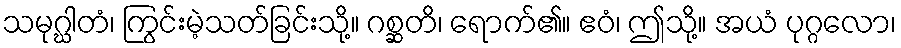
သမုဂ္ဃါတံ၊ ကြွင်းမဲ့သတ်ခြင်းသို့။ ဂစ္ဆတိ၊ ရောက်၏။ ဧဝံ၊ ဤသို့။ အယံ ပုဂ္ဂလော၊